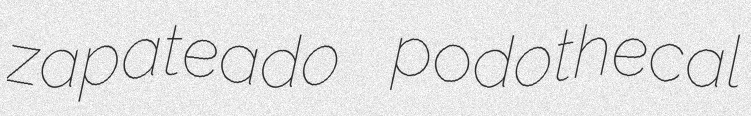
zapateado podothecal